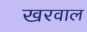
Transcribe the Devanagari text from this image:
खरवाल